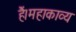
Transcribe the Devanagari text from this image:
हैं।महाकाव्य